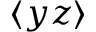
\langle y z \rangle